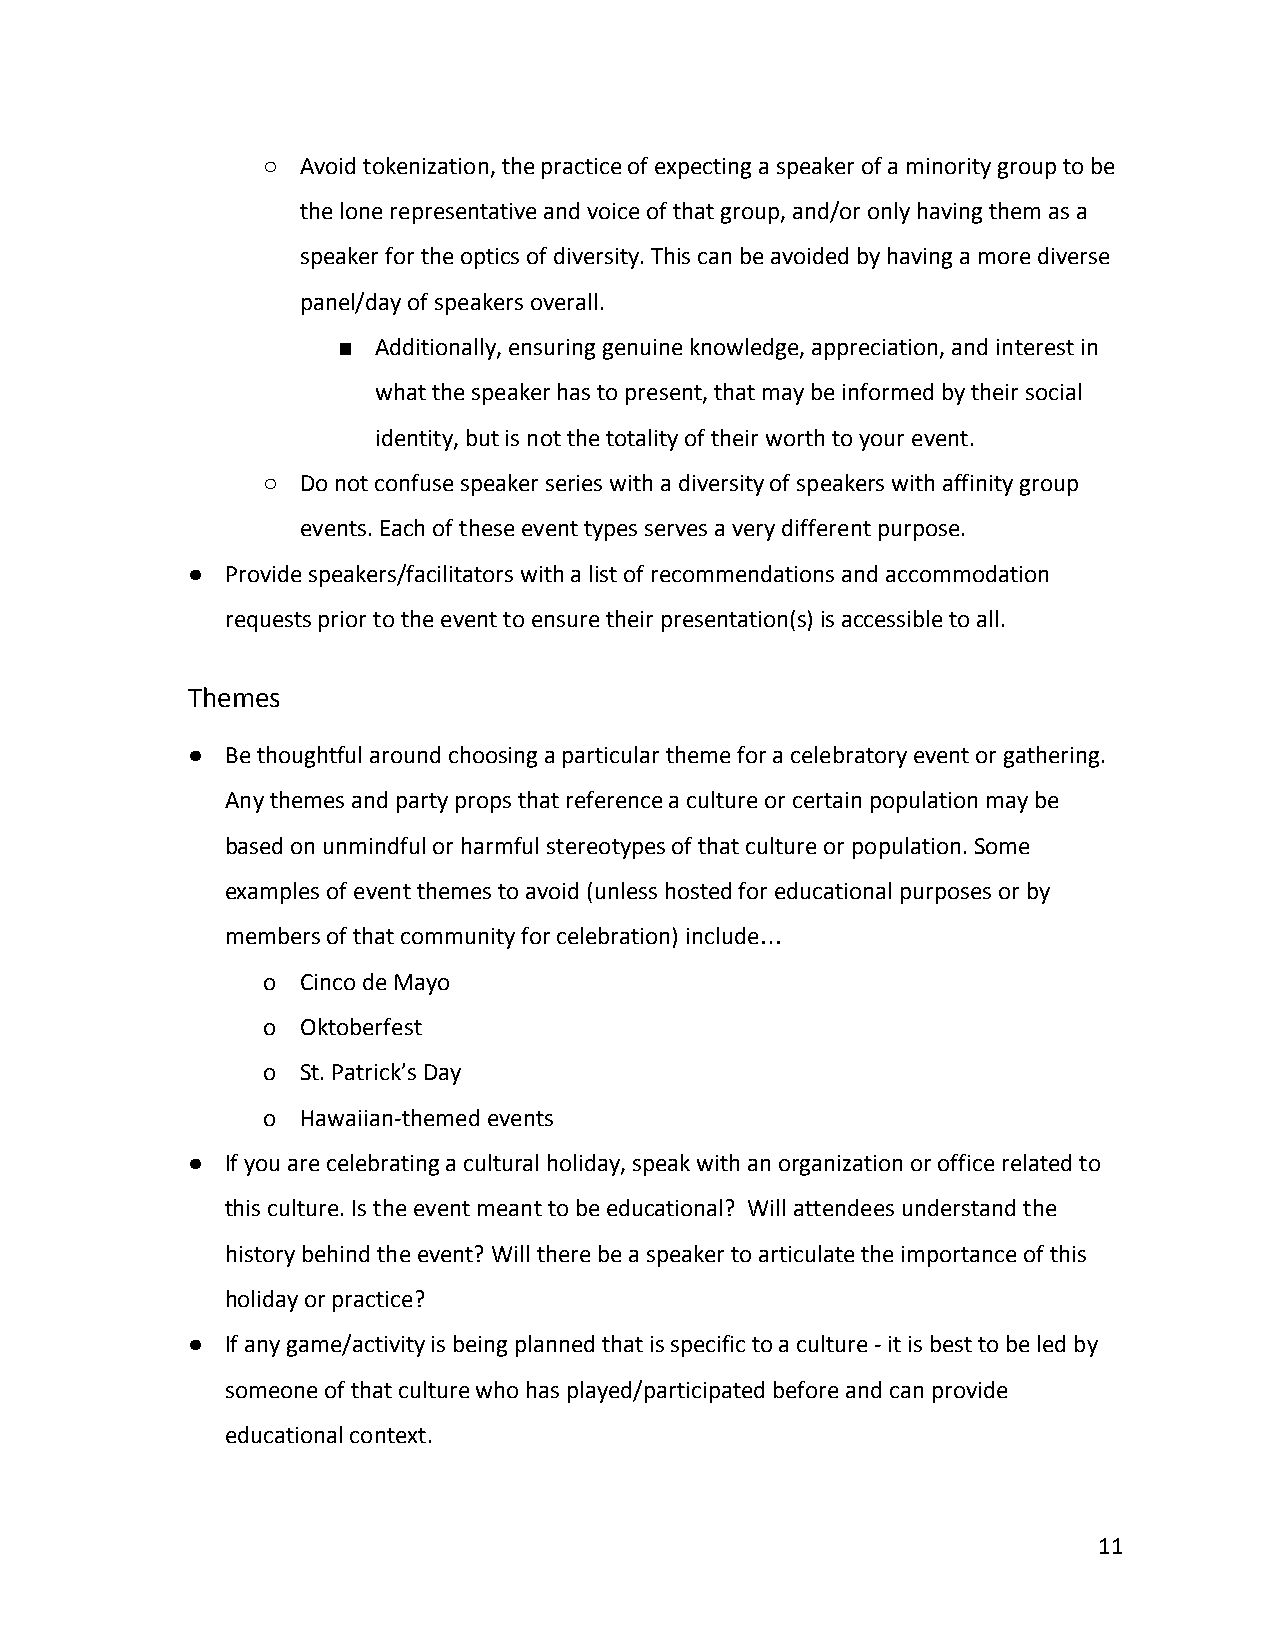
○  Avoid tokenization, the practice of expecting a speaker of a minority group to be
 the lone representative and voice of that group, and/or only having them as a
 speaker for the optics of diversity. This can be avoided by having a more diverse
 panel/day of speakers overall.
 ■  Additionally, ensuring genuine knowledge, appreciation, and interest in
 what the speaker has to present, that may be informed by their social
 identity, but is not the totality of their worth to your event.
 ○  Do not confuse speaker series with a diversity of speakers with affinity group
 events. Each of these event types serves a very different purpose.
 ●  Provide speakers/facilitators with a list of recommendations and accommodation
 requests prior to the event to ensure their presentation(s) is accessible to all.
 Themes
 ●  Be thoughtful around choosing a particular theme for a celebratory event or gathering.
 Any themes and party props that reference a culture or certain population may be
 based on unmindful or harmful stereotypes of that culture or population. Some
 examples of event themes to avoid (unless hosted for educational purposes or by
 members of that community for celebration) include
 …
 o  Cinco de Mayo
 o  Oktoberfest
 o  St. Patrick’s Day
 o  Hawaiian-themed events
 ●  If you are celebrating a cultural holiday, speak with an organization or office related to
 this culture. Is the event meant to be educational? Will attendees understand the
 history behind the event? Will there be a speaker to articulate the importance of this
 holiday or practice?
 ●  If any game/activity is being planned that is specific to a culture - it is best to be led by
 someone of that culture who has played/participated before and can provide
 educational context.
 11